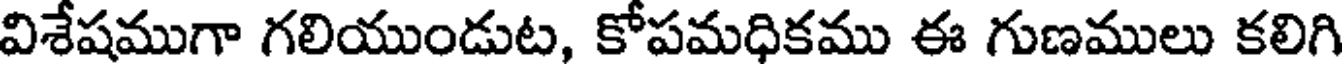
విశేషముగా గలియుండుట, కోపమధికము ఈ గుణములు కలిగి